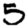
Digit: 5